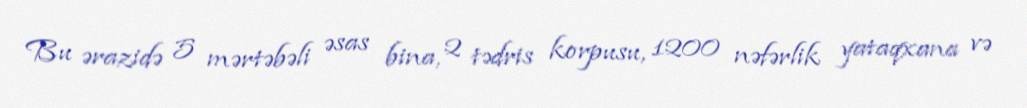
Bu ərazidə 5 mərtəbəli əsas bina, 2 tədris korpusu, 1200 nəfərlik yataqxana və